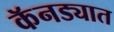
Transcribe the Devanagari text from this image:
कॅनड्यात